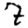
Digit: 7